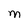
Character: M